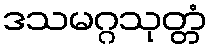
ဒသမဂ္ဂသုတ္တံ